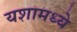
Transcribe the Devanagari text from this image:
यशामध्ये